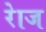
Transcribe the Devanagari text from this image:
रेाज